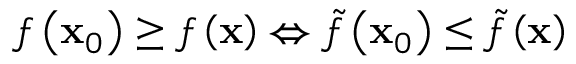
f \left( \mathbf { x } _ { 0 } \right) \geq f \left( \mathbf { x } \right) \Leftrightarrow { \tilde { f } } \left( \mathbf { x } _ { 0 } \right) \leq { \tilde { f } } \left( \mathbf { x } \right)